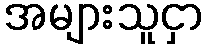
အများသူငှာ